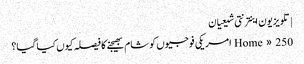
| تلویزیون اینترنتی شیعیان
Home » 250 امریکی فوجیوں کو شام بھیجنے کا فیصلہ کیوں کیا گیا؟